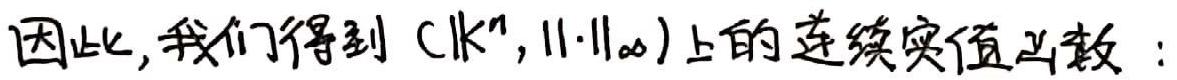
因此,我们得到 $(K^n,\|\cdot\|_{\infty})$ 上的连续实值函数: